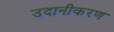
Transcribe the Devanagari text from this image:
उदानीकरण